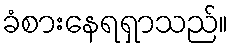
ခံစားနေရရှာသည်။